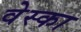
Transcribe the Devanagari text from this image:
वेस्का